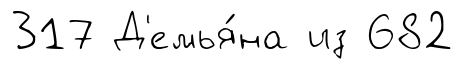
317 Д'емья́на из 682